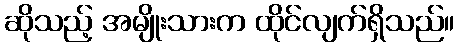
ဆိုသည့် အမျိုးသားက ထိုင်လျက်ရှိသည်။